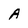
Character: A